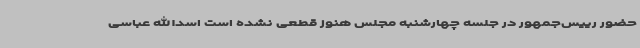
حضور رییس‌جمهور در جلسه چهارشنبه مجلس هنوز قطعی نشده است اسدالله عباسی